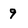
Character: 9